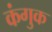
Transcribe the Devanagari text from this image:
कंगुक